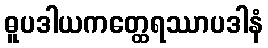
ဓူပဒါယကတ္ထေရဿာပဒါနံ